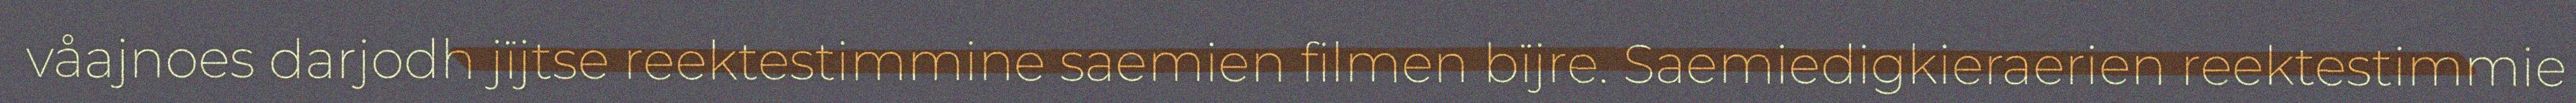
våajnoes darjodh jïjtse reektestimmine saemien filmen bïjre. Saemiedigkieraerien reektestimmie